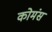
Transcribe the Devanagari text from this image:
कोमंस